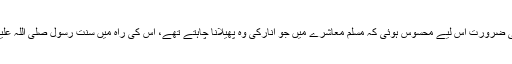
خوارج کو اس کی ضرورت اس لیے محسوس ہوئی کہ مسلم معاشرے میں جو انارکی وہ پھیلانا چاہتے تھے، اس کی راہ میں سنت رسول صلی اللہ علیہ وسلم حائل تھی۔